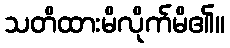
သတိထားမိလိုက်မိ၏။